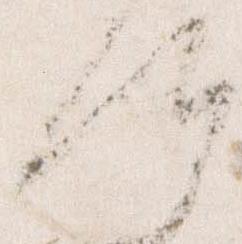
候